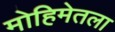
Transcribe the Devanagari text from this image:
मोहिमेतला